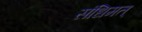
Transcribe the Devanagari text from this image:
संधिमत्